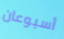
أسبوعان